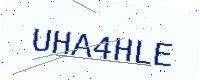
Text: UHA4HLE